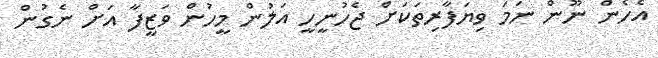
އެހެން ނޫން ނަމަ ވިޔަފާރިތަކަށް ޖެހުނީހީ އަލުން މީހުން ވަޒީފާ އަށް ނެގުން